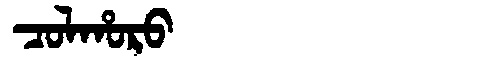
Manchu: ᠴᠣᠯᡥᠣᡵᠣ
Romanization: COLHORO